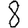
Digit: 8